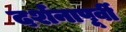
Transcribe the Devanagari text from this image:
दर्शनापूर्वी